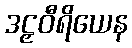
ဒဠှဝီရိယေန